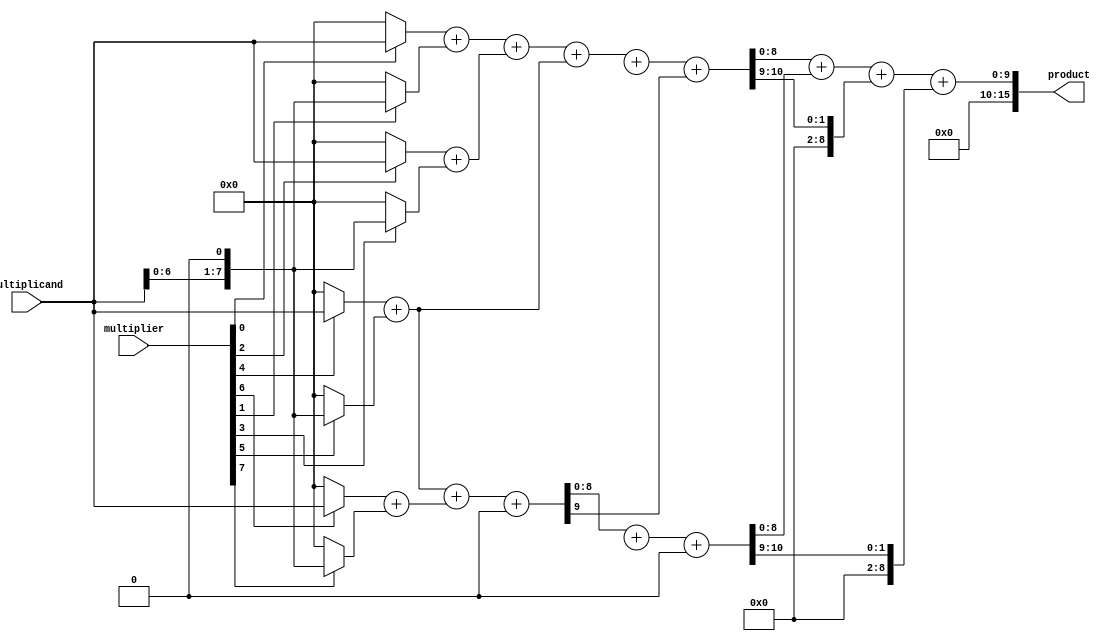
module radix4_wallace_tree_multiplier #(parameter WIDTH = 8) (
    input wire [WIDTH-1:0] multiplicand,
    input wire [WIDTH-1:0] multiplier,
    output wire [2*WIDTH-1:0] product
);
    // Partial product generation
    wire [WIDTH-1:0] pp [0:WIDTH/2-1]; // Partial products
    genvar i;
    generate
        for (i = 0; i < WIDTH/2; i = i + 1) begin : pp_gen
            assign pp[i] = (multiplier[2*i] ? multiplicand : 0) + 
                           (multiplier[2*i+1] ? (multiplicand << 1) : 0);
        end
    endgenerate

    // Wallace tree reduction
    wire [WIDTH:0] sum [0:WIDTH/2-1]; // Sums from CSAs
    wire [WIDTH:0] carry [0:WIDTH/2-1]; // Carries from CSAs

    // First level of CSAs
    generate
        for (i = 0; i < WIDTH/2-1; i = i + 1) begin : CSA_level1
            if (i % 2 == 0) begin
                assign {carry[i], sum[i]} = pp[i] + pp[i+1] + (i < WIDTH/2-2 ? pp[i+2] : 0);
            end
        end
    endgenerate

    // Second level of CSAs
    wire [WIDTH:0] sum2 [0:WIDTH/4-1];
    wire [WIDTH:0] carry2 [0:WIDTH/4-1];

    generate
        for (i = 0; i < WIDTH/4; i = i + 1) begin : CSA_level2
            assign {carry2[i], sum2[i]} = sum[2*i] + sum[2*i+1] + (2*i+2 < WIDTH/2 ? carry[2*i+2] : 0);
        end
    endgenerate

    // Final addition
    wire [WIDTH:0] final_sum;
    wire [WIDTH:0] final_carry;

    assign final_sum = sum2[0] + sum2[1] + carry2[0];
    assign final_carry = carry2[1];

    // Final product
    assign product = final_sum + final_carry;

endmodule